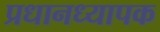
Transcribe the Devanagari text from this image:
प्रधानध्यापक